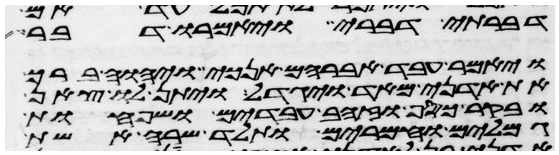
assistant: דברתי דברי ויאמרו דבר
ויאמר עבד אברהם אנכי ויהוה ברך
את אדני מאד ויגדל ויתן לו צאן
ובקר כסף וזהב עבדים ושפחות
וגמלים וחמרים ותלד שרה אשת